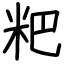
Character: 粑